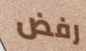
رفض